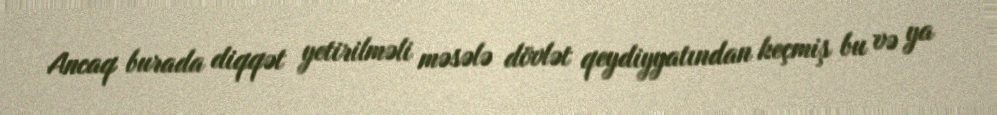
Ancaq burada diqqət yetirilməli məsələ dövlət qeydiyyatından keçmiş bu və ya